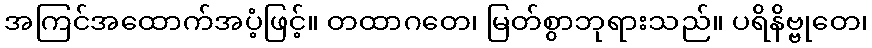
အကြင်အထောက်အပံ့ဖြင့်။ တထာဂတေ၊ မြတ်စွာဘုရားသည်။ ပရိနိဗ္ဗုတေ၊